Lunatic asylums in Bengal annual reports 1888-1898 - 1888-1898
Year: 1888
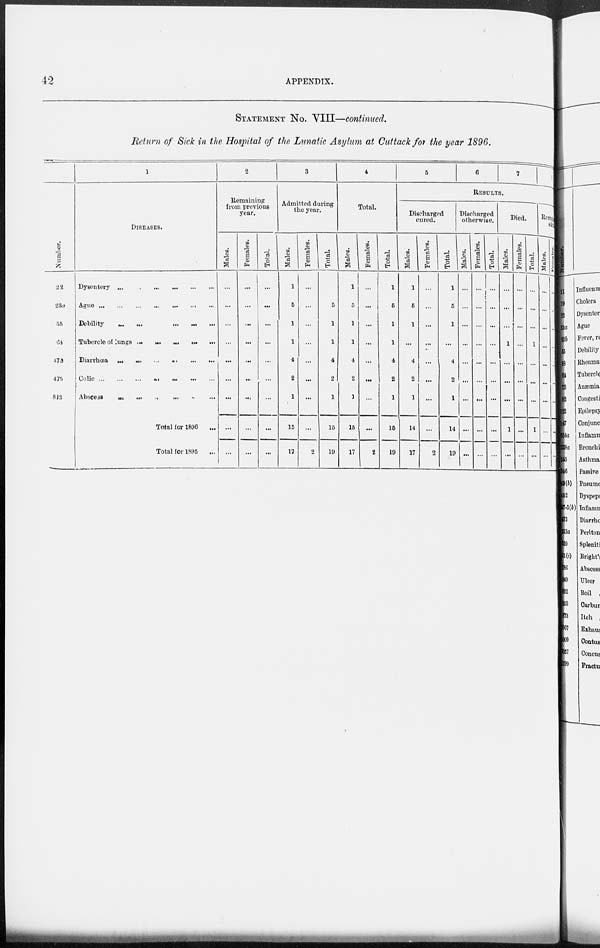
42
APPENDIX.
STATEMENT No. VIII—continued.
Return of Sick in the Hospital of the Lunatic Asylum at Cuttack for the year 1896.
Number.
22
23a
55
64
473
475
812
1
DISEASES.
Dysentery
...
...
...
...
...
...
Ague ... ... ... ... ... ... ...
Debility
...
...
...
...
...
Tubercle of lungs
...
...
...
...
...
Diarrhœa ... ... ... ... ... ...
Colic ... ... ... ... ... ... ...
Abscess
...
...
...
...
...
...
Total for 1896 ...
Total for 1895 ...
2
Remaining
from previous
year.
Males.
...
...
...
...
...
...
...
...
...
Females.
...
...
...
...
...
...
...
...
...
Total.
...
...
...
...
...
...
...
...
...
3
Admitted during
the year.
Males.
1
5
1
1
4
2
1
15
17
Females.
...
...
...
...
...
...
...
...
2
Total.
...
5
1
1
4
2
1
15
19
4
Total.
Males.
1
5
1
1
4
2
1
15
17
Females.
...
...
...
...
...
...
...
...
2
Total.
1
5
1
1
4
2
1
15
19
5
6
7
8
RESULTS.
Discharged
cured.
Males.
1
5
1
...
4
2
1
14
17
Females.
...
...
...
...
...
...
...
...
2
Total.
1
5
1
...
4
2
1
14
19
Discharged
otherwise.
Males.
...
...
...
...
...
...
...
...
...
Females.
...
...
...
...
...
...
...
...
...
Total.
...
...
...
...
...
...
...
...
...
Died.
Males.
...
...
...
1
...
...
...
1
...
Females.
...
...
...
...
...
...
...
...
...
Total.
...
...
...
1
...
...
...
1
...
Remaining
sick.
Males.
...
...
...
...
...
...
...
...
...
Females.
...
...
...
...
...
...
...
...
1